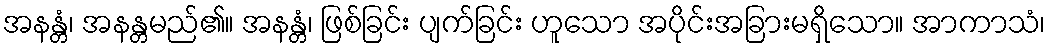
အနန္တံ၊ အနန္တမည်၏။ အနန္တံ၊ ဖြစ်ခြင်း ပျက်ခြင်း ဟူသော အပိုင်းအခြားမရှိသော။ အာကာသံ၊